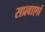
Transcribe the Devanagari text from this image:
सप्रवाएप्रं